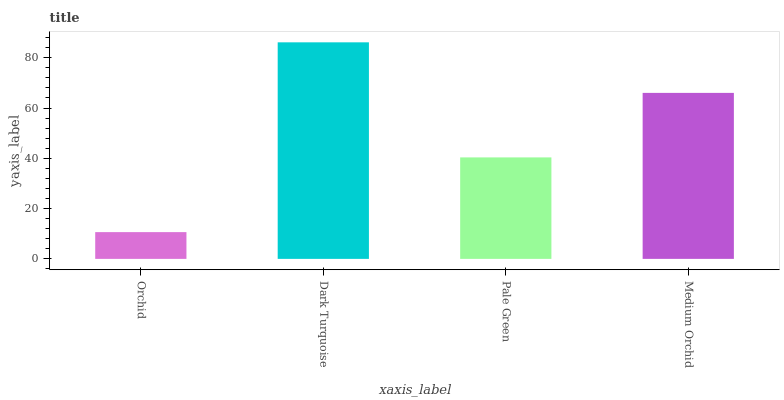
| xaxis_label | bars |
 | --- | --- |
 | Orchid | 10.6 |
 | Dark Turquoise | 86.1 |
 | Pale Green | 40.4 |
 | Medium Orchid | 66 |